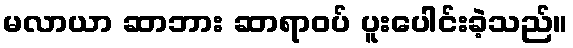
မလာယာ ဆာဘား ဆာရာဝပ် ပူးပေါင်းခဲ့သည်။